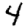
Digit: 4